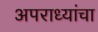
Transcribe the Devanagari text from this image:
अपराध्यांचा